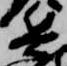
兵